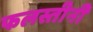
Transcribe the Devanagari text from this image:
फलस्तीनी